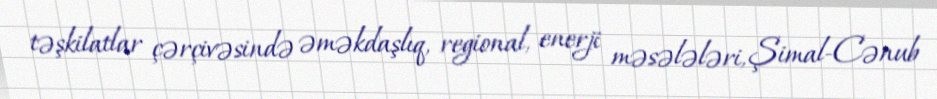
təşkilatlar çərçivəsində əməkdaşlıq, regional, enerji məsələləri, Şimal-Cənub